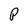
Character: P